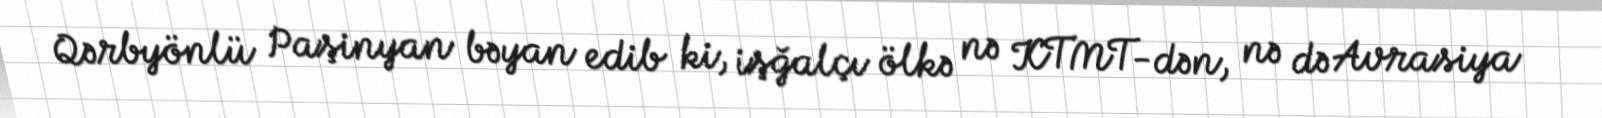
Qərbyönlü Paşinyan bəyan edib ki, işğalçı ölkə nə KTMT-dən, nə də Avrasiya